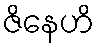
ဇိနေဟိ